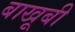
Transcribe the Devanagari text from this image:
बाखूबी